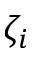
\zeta _ { i }